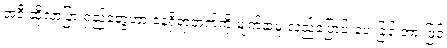
အဲဒီ ဆိုလာပြားရှည်တွေဟာ နေရှိရာဘက်ကို မျက်နှာမူ လှည့်ပြောင်းပေးခြင်းအားဖြင့်